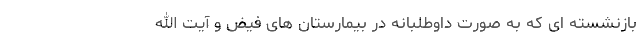
بازنشسته ای که به صورت داوطلبانه در بیمارستان های فیض و آیت الله